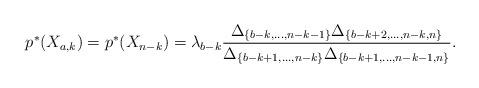
LaTeX: \begin{align*}p^* (X_{a,k} ) = p^* (X_{n-k} ) = \lambda_{b-k}\frac{\Delta_{\{b-k,\dots, n-k-1\}}\Delta_{\{b-k+2,\dots, n-k,n\}}}{\Delta_{\{b-k+1,\dots, n-k\}}\Delta_{\{b-k+1,\dots, n-k-1,n\}}}.\end{align*}